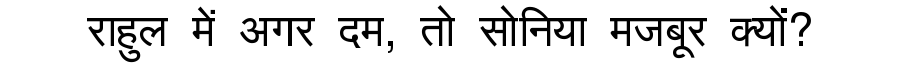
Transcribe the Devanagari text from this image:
राहुल में अगर दम, तो सोनिया मजबूर क्यों?